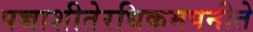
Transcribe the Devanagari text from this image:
पच्चाशीतेरधिकमपनीते